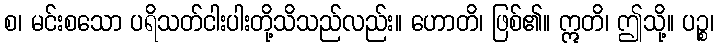
စ၊ မင်းစသော ပရိသတ်ငါးပါးတို့သိသည်လည်း။ ဟောတိ၊ ဖြစ်၏။ ဣတိ၊ ဤသို့။ ပဉ္စ၊